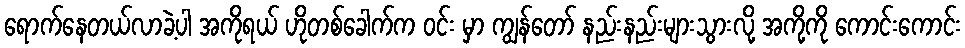
ရောက်နေတယ်လာခဲ့ပါ အကိုရယ် ဟိုတစ်ခေါက်က ဝင်း မှာ ကျွန်တော် နည်းနည်းများသွားလို့ အကို့ကို ကောင်းကောင်း